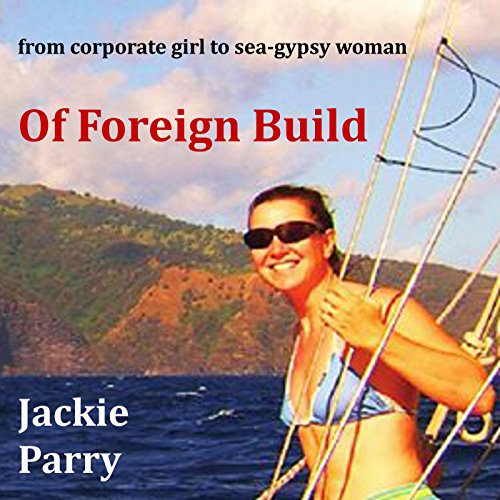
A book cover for Of Foreign Build: From Corporate Girl to Sea-Gypsy Woman; Jackie Parry; Travel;